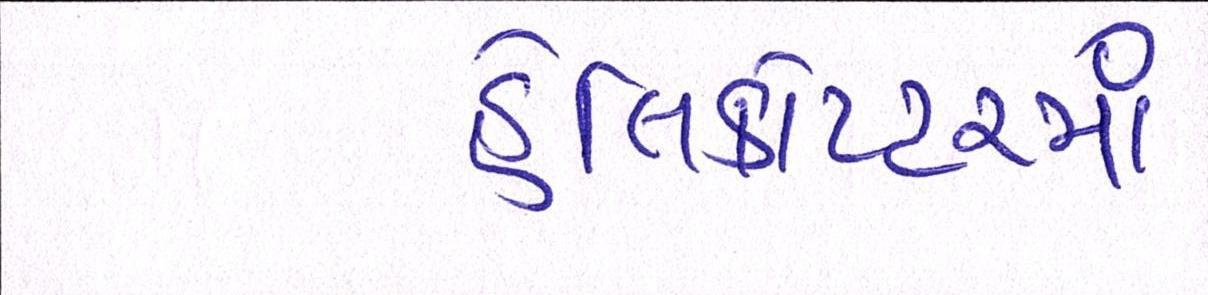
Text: હેલિકોપ્ટરમાં